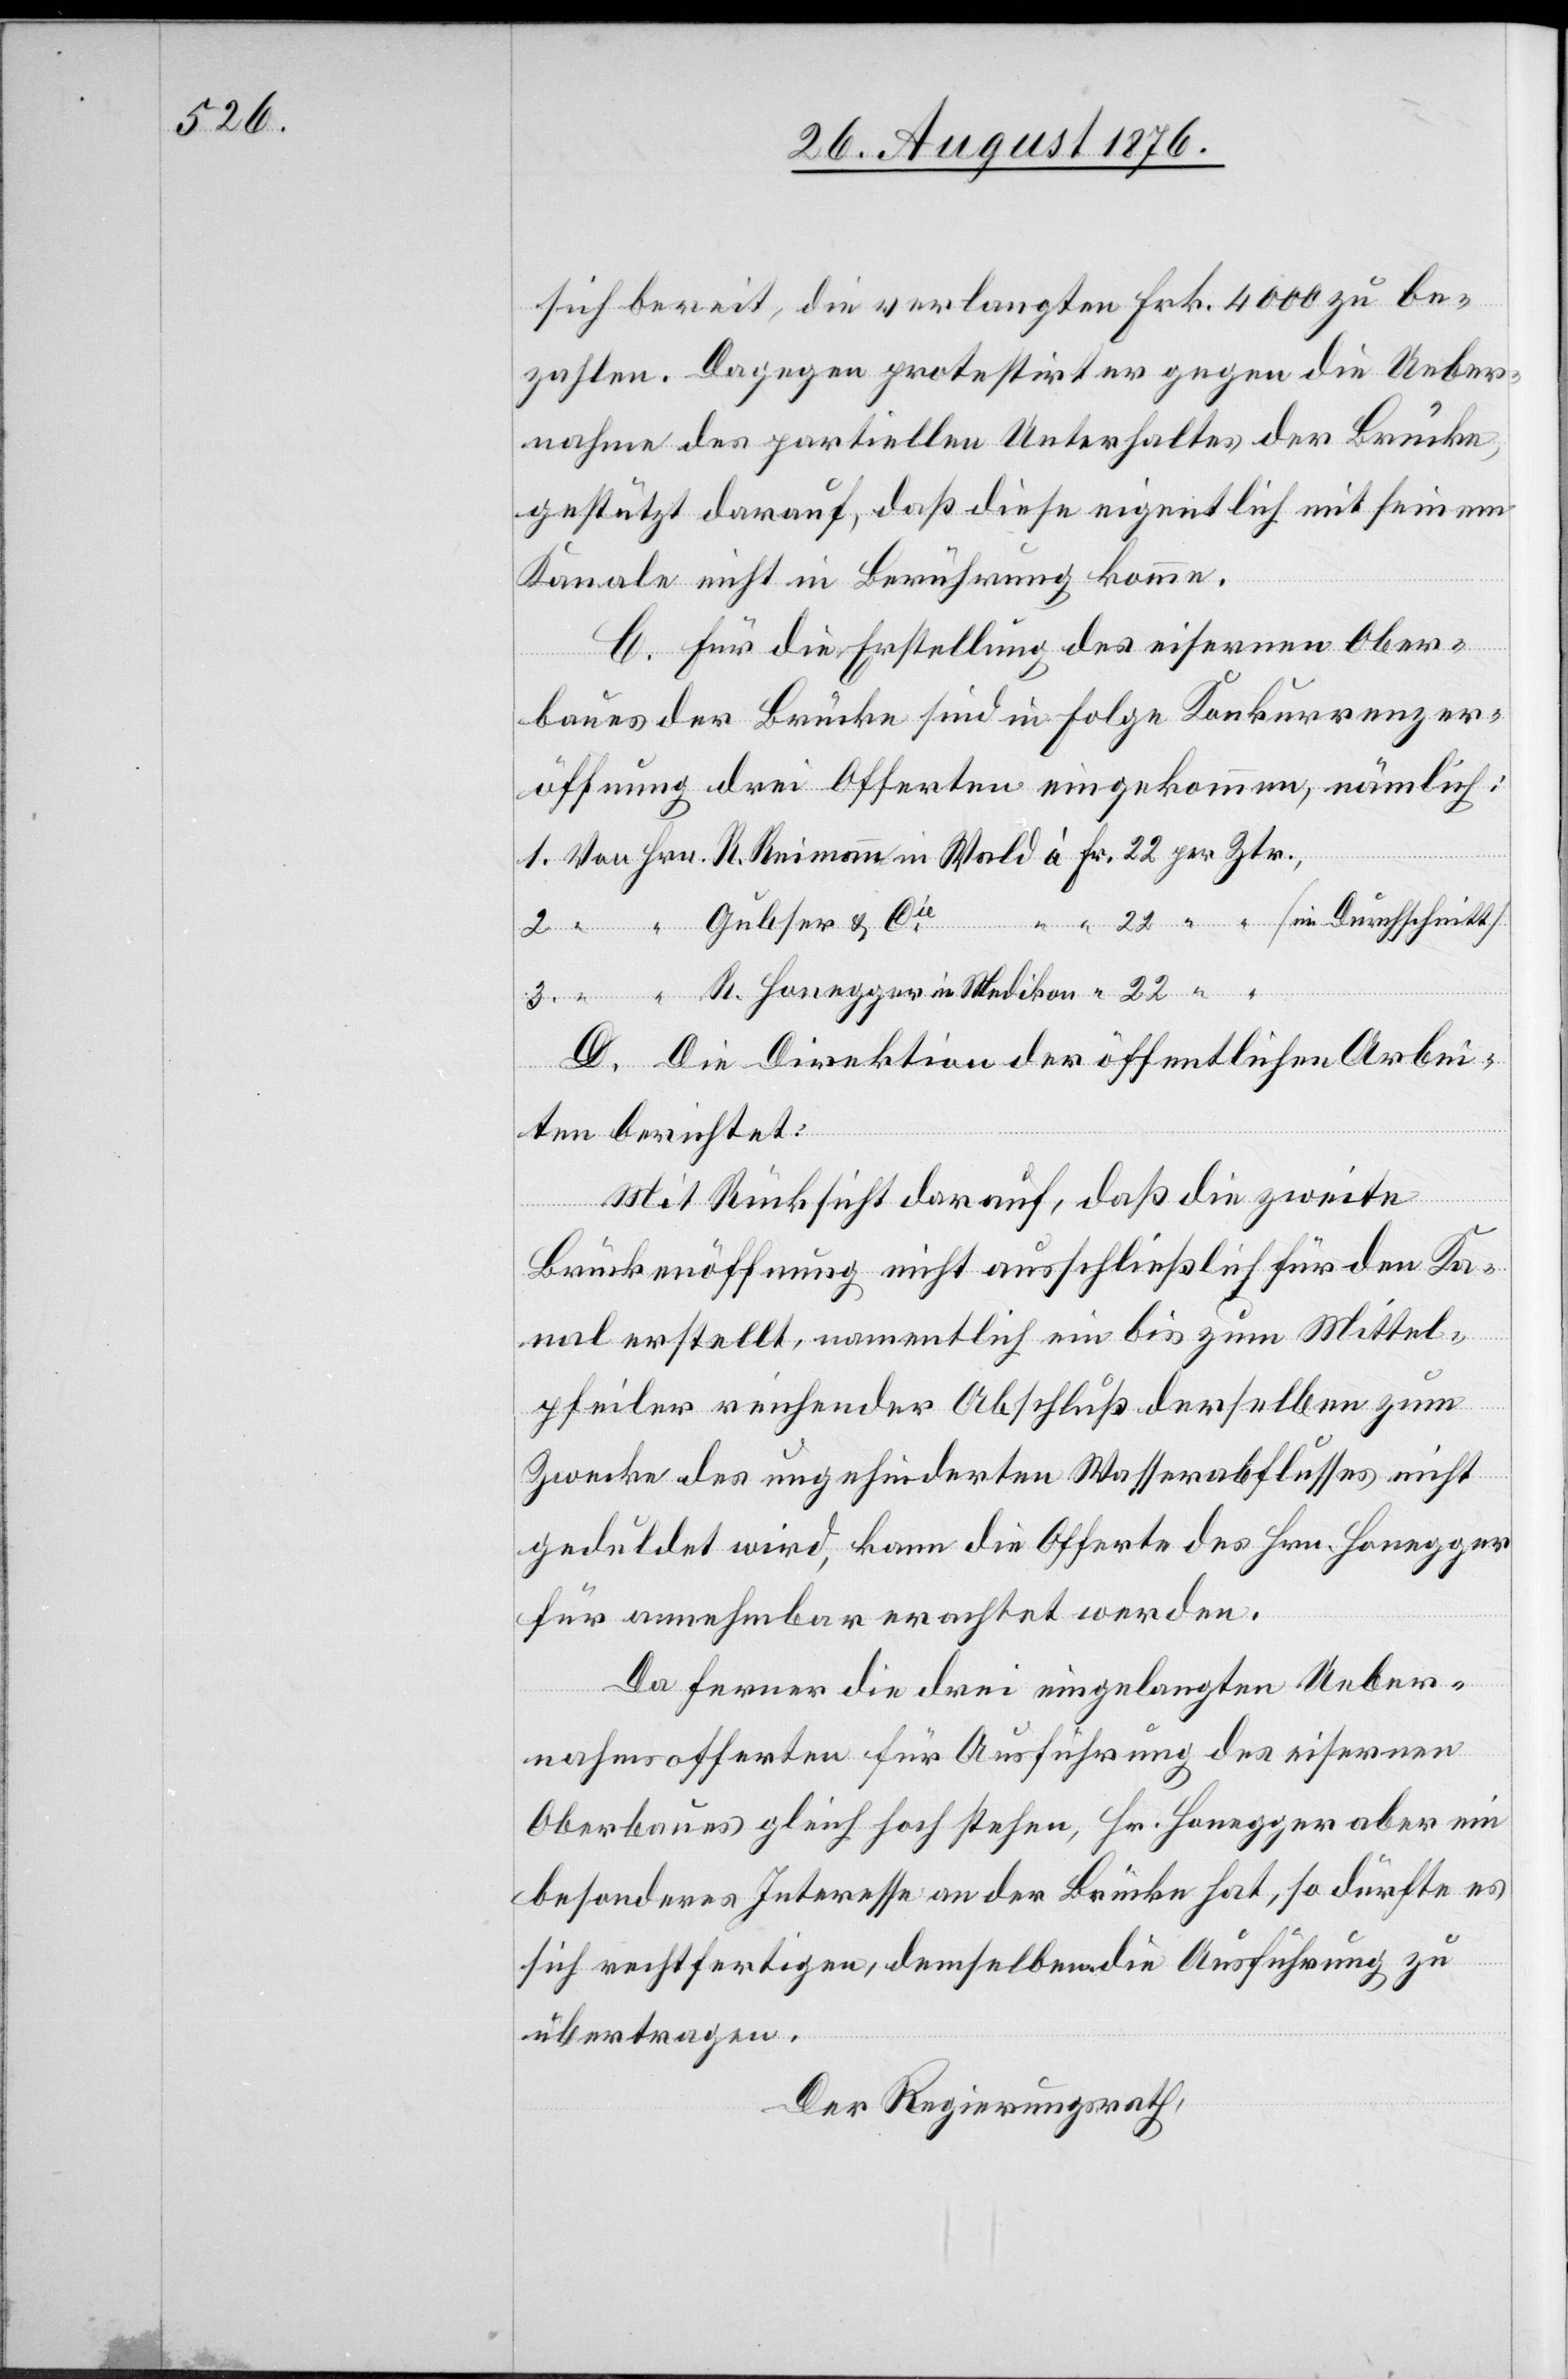
sich bereit, die verlangten Frk. 4000 zu be¬
zahlen. Dagegen protestirte er gegen die Ueber¬
nahme des partiellen Unterhaltes der Brücke,
gestützt darauf, daß diese eigentlich mit seinem
Kanale nicht in Berührung komme.
C. Für die Erstellung des eisernen Ober¬
baues der Brücke sind in Folge Konkurrenzer¬
öffnung drei Offerten eingekommen, nämlich:
R. Honegger in Medikon
D. Die Direktion der öffentlichen Arbei¬
ten berichtet:
Mit Rücksicht darauf, daß die zweite
Brückenöffnung nicht ausschließlich für den Ka¬
nal erstellt, namentlich ein bis zum Mittel¬
pfeiler reichender Abschluß derselben zum
Zwecke des ungehinderten Wasserabflusses nicht
geduldet wird, kann die Offerte des Hrn. Honegger
für annehmbar erachtet werden.
Da ferner die drei eingelangten Ueber¬
nahmsofferten für Ausführung des eisernen
Oberbaues gleich hoch stehen, Hr. Honegger aber ein
besonderes Interesse an der Brücke hat, so dürfte es
sich rechtfertigen, demselben die Ausführung zu
übertragen.
Der Regierungsrath,